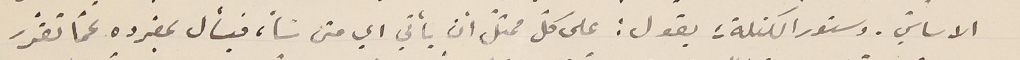
الاساسيّ. دستور الكتلة؛ يقول: على كلّ ممثل أن يأتي اي متى شأ، فيسأل بمفرده عمّا تقرّر